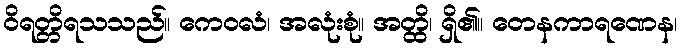
ဝိရတ္တိရသသည်။ ကေဝလံ၊ အလုံးစုံ။ အတ္ထိ၊ ရှိ၏။ တေနကာရဏေန၊